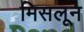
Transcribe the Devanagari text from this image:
मिसलून